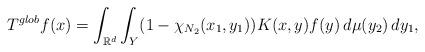
LaTeX: \begin{align*}T^{glob}f(x)=\int_{\mathbb{R}^d}\int_Y (1-\chi_{N_2}(x_1,y_1))K(x,y)f(y)\,d\mu(y_2)\,dy_1,\end{align*}